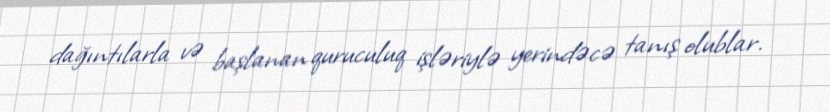
dağıntılarla və başlanan quruculuq işləriylə yerindəcə tanış olublar.